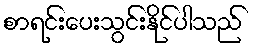
စာရင်းပေးသွင်းနိုင်ပါသည်